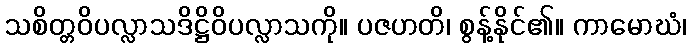
သစိတ္တဝိပလ္လာသဒိဋ္ဌိဝိပလ္လာသကို။ ပဇဟတိ၊ စွန့်နိုင်၏။ ကာမောဃံ၊